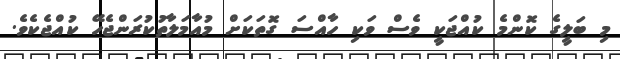
މި ބަލީގެ ކޮންމެ ކުއްޖަކީ ވެސް ވަކި ހާއްސަ ގޮތަކަށް މުއާމަލާތުކުރަންޖެހޭ ކުއްޖެކެވެ.